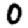
Digit: 0